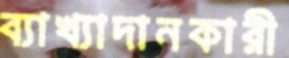
ব্যাখ্যাদানকারী